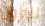
للنزول